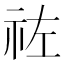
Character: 𥙀